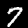
Label: 7